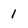
Character: 1